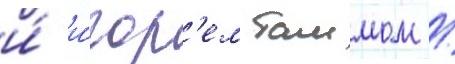
и́ и́гор'ем таммом /